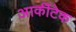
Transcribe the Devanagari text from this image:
आर्कीटेक